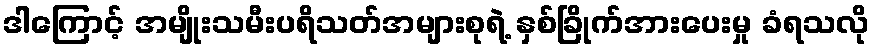
ဒါကြောင့် အမျိုးသမီးပရိသတ်အများစုရဲ့ နှစ်ခြိုက်အားပေးမှု ခံရသလို